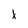
Character: x